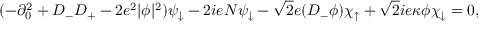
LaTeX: ( - \partial _ { 0 } ^ { 2 } + D _ { - } D _ { + } - 2 e ^ { 2 } | \phi | ^ { 2 } ) \psi _ { \downarrow } - 2 i e N \psi _ { \downarrow } - \sqrt { 2 } e ( D _ { - } \phi ) \chi _ { \uparrow } + \sqrt { 2 } i e \kappa \phi \chi _ { \downarrow } = 0 ,